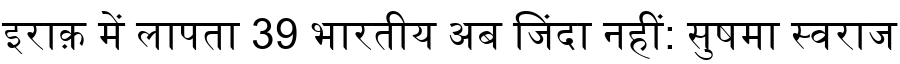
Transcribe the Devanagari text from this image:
इराक़ में लापता 39 भारतीय अब जिंदा नहीं: सुषमा स्वराज